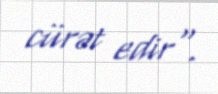
cürət edir".